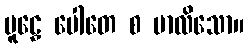
မူဠှေ ပေါတေ စ ဗာလိသော။